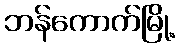
ဘန်ကောက်မြို့